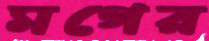
মগের